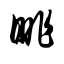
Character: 眺